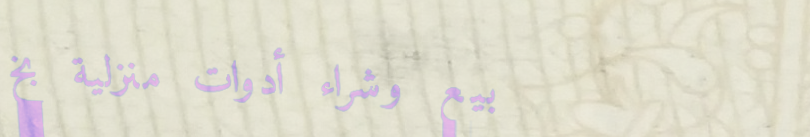
بيع وشراء أدوات منزلية بخ